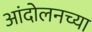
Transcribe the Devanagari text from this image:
आंदोलनच्या